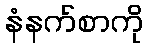
နံနက်စာကို